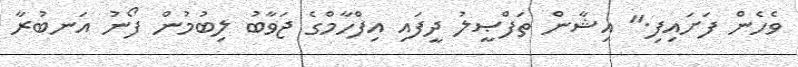
ވެހެން ފަށައިފި." އިޝާން ތަފްޞީލު ދީފައި އިފްހާމްގެ ޖަވާބު ލިބުމުން ފޯނު އަނބުރާ